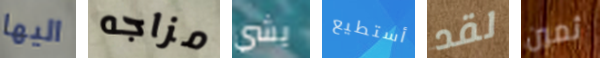
اليها مزاجه يشي أستطيع لقد ثمين